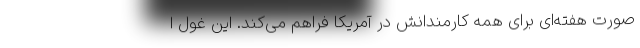
صورت هفته‌ای برای همه کارمندانش در آمریکا فراهم می‌کند. این غول ا